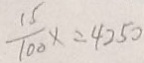
\frac { 1 5 } { 1 0 0 } x = 4 2 5 0